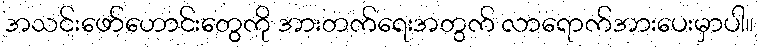
အသင်းဖော်ဟောင်းတွေကို အားတက်ရေးအတွက် လာရောက်အားပေးမှာပါ။